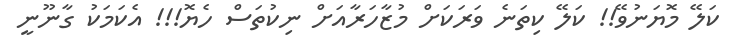
ކަލޭ މޮޔަނުވޭ!! ކަލޭ ކިތަނެ ވަރަކަށް މުޒާހަރާއަށް ނިކުތަސް ހެޔޮ!!! އެކަމަކު ގާނޫނީ